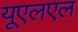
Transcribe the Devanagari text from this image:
यूएलएल